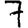
Digit: 7